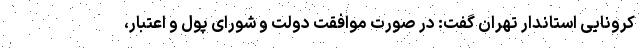
کرونایی استاندار تهران گفت: در صورت موافقت دولت و شورای پول و اعتبار،